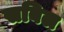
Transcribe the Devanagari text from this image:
सबिल